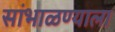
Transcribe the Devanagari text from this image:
सांभाळण्याला